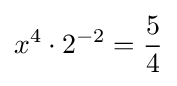
x^{4}\cdot 2^{-2}={\frac {5}{4}}